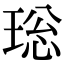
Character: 𤥼